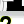
Digit: 2